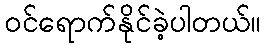
ဝင်ရောက်နိုင်ခဲ့ပါတယ်။